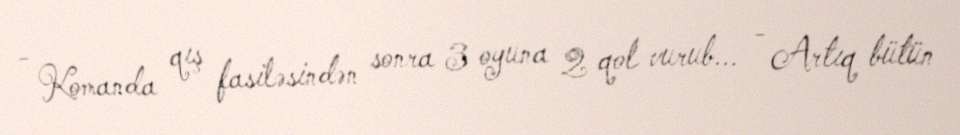
- Komanda qış fasiləsindən sonra 3 oyuna 2 qol vurub... - Artıq bütün